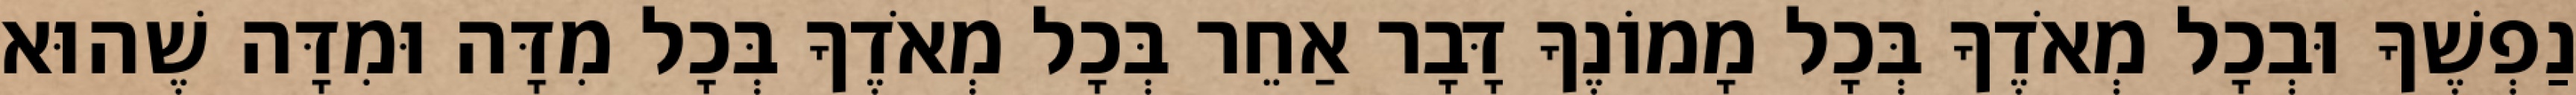
נַפְשֶׁךָ וּבְכָל מְאֹדֶךָ בְּכָל מָמוֹנֶךָ דָּבָר אַחֵר בְּכָל מְאֹדֶךָ בְּכָל מִדָּה וּמִדָּה שֶׁהוּא